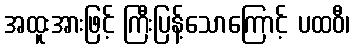
အထူးအားဖြင့် ကြီးပြန့်သောကြောင့် ပထဝီ၊